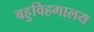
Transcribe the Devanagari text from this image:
बहुविहगालय